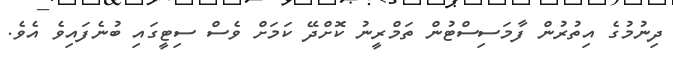
ދިނުމުގެ އިތުރުން ފާމަސިސްޓުން ތަމްރީނު ކޮށްދޭ ކަމަށް ވެސް ސިޓީގައި ބުނެފައިވެ އެވެ.